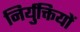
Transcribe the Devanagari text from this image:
निर्युक्तियों